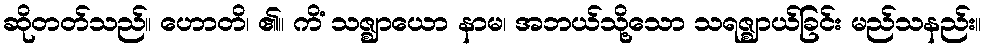
ဆိုတတ်သည်။ ဟောတိ၊ ၏။ ကိံ သဇ္ဈာယော နာမ၊ အဘယ်သို့သော သရဇ္ဈာယ်ခြင်း မည်သနည်း။